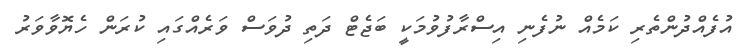
އުފެއްދުންތެރި ކަމެއް ނުފެނި އިސްރާފުވުމަކީ ބަޖެޓް ދަތި ދުވަސް ވަރެއްގައި ކުރަން ހެޔޮވާވަރު